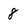
Character: 8